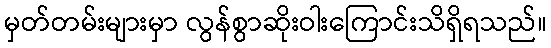
မှတ်တမ်းများမှာ လွန်စွာဆိုးဝါးကြောင်းသိရှိရသည်။